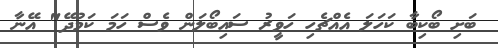
ބަށި ބޯކިބާ ކަހަލަ އެއްޗެހި ހަވީރު ސައިބޯލަން ވެސް ހަމަ ކަމުދޭ" އޭނާ